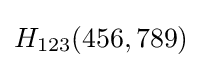
H_{123}(456,789)